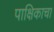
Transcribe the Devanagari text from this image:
पाक्षिकाचा